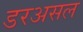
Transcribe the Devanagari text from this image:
डरअसल